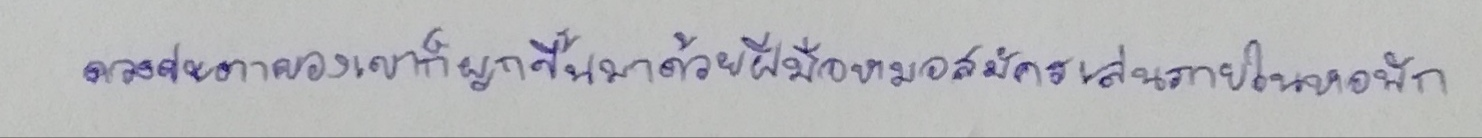
ดวงชะตาของเขาก็ผูกขึ้นมาด้วยฝีมือหมอสมัครเล่นภายในหอพัก